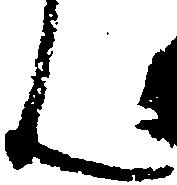
ん